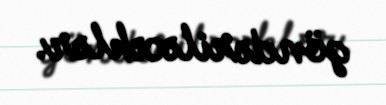
göndəriləcəklər.